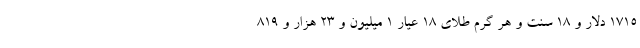
۱۷۱۵ دلار و ۱۸ سنت و هر گرم طلای ۱۸ عیار ۱ میلیون و ۲۳ هزار و ۸۱۹